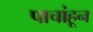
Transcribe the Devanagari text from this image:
पाचांहून